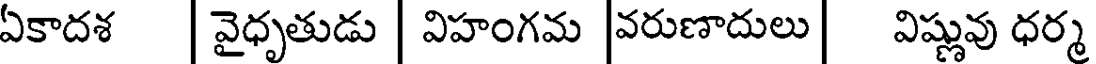
ఏకాదశ | వైధృతుడు | విహంగమ |వరుణాదులు | విష్ణువు ధర్మ